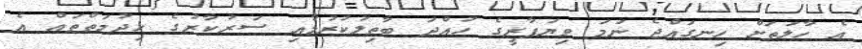
އެ ހާލަތަށް ހިނގައްޖެ ނަމަ ވިޔަފާރީގެ ހުއްދަ ބާތިލުކުރުމާއި ސަރުކާރުގެ ހިދުމަތްތައް އެ